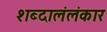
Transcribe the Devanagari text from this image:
शब्दालंलंकार